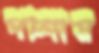
পালায়